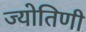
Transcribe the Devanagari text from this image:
ज्योतिणी